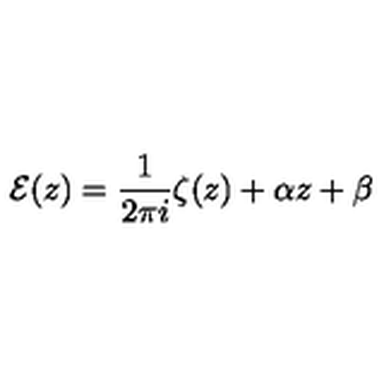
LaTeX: { \cal E } ( z ) = \frac { 1 } { 2 \pi i } \zeta ( z ) + \alpha z + \beta